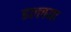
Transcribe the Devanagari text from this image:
इल्लया